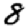
Digit: 8